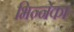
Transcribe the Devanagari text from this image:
भिन्नेका